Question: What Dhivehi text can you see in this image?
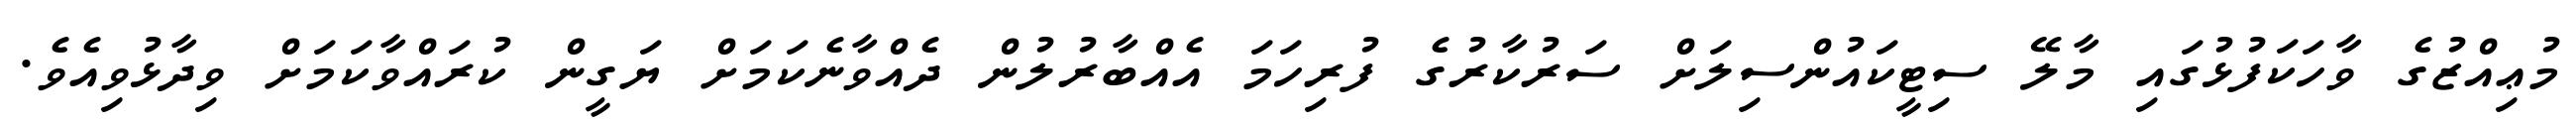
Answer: މުޢިއްޒުގެ ވާހަކަފުޅުގައި މާލޭ ސިޓީކައުންސިލަށް ސަރުކާރުގެ ފުރިހަމަ އެއްބާރުލުން ދެއްވާނެކަމަށް ޔަގީން ކުރައްވާކަމަށް ވިދާޅުވިއެވެ.